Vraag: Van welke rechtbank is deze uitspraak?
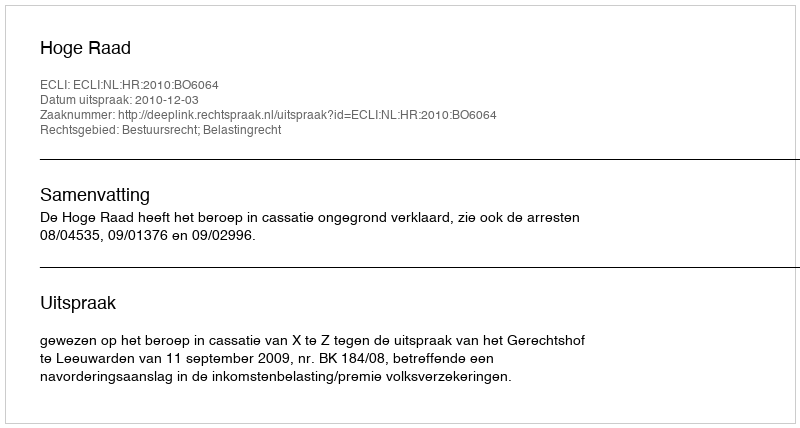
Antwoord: Hoge Raad